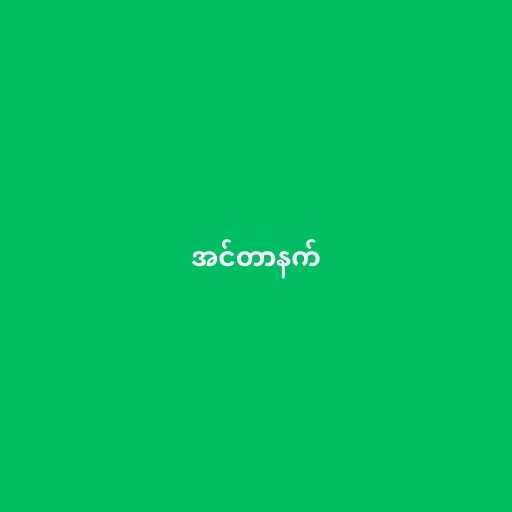
အင်တာနက်